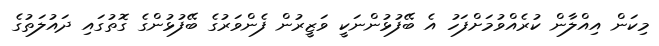
މިކަން އިއްލާން ކުރެއްވުމަށްފަހު އެ ބޭފުޅުންނަކީ ވަޒީރުން ފެންވަރުގެ ބޭފުޅުންގެ ގޮތުގައި ދައުލަތުގެ